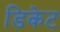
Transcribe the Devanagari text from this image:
डिकेट